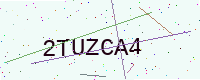
Text: 2TUZCA4